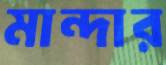
মান্দার